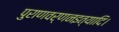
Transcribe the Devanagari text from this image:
पुराणवर्णनइत्यादि।